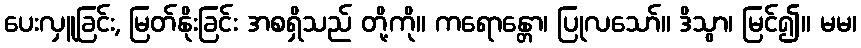
ပေးလှူခြင်း, မြတ်နိုးခြင်း အစရှိသည် တို့ကို။ ကရောန္တော၊ ပြုလသော်။ ဒိသွာ၊ မြင်၍။ မမ၊